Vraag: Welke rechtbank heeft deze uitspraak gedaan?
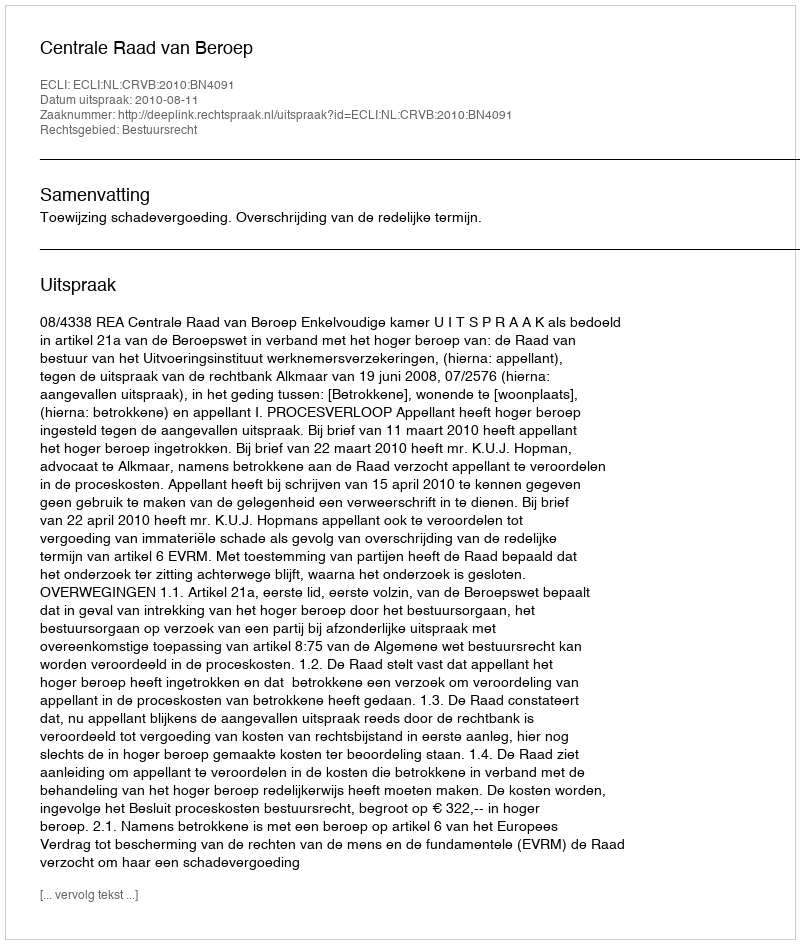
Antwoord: Centrale Raad van Beroep